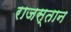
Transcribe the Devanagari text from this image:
राजस्तान